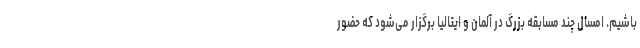
باشیم. امسال چند مسابقه بزرگ در آلمان و ایتالیا برگزار می‌شود که حضور